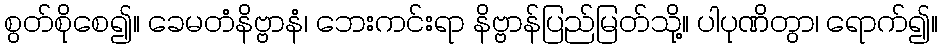
စွတ်စိုစေ၍။ ခေမတံနိဗ္ဗာနံ၊ ဘေးကင်းရာ နိဗ္ဗာန်ပြည်မြတ်သို့။ ပါပုဏိတွာ၊ ရောက်၍။